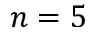
n = 5